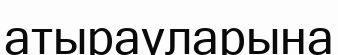
атырауларына